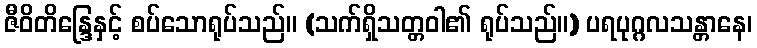
ဇီဝိတိန္ဒြေနှင့် စပ်သောရုပ်သည်။ (သက်ရှိသတ္တဝါ၏ ရုပ်သည်။) ပရပုဂ္ဂလသန္တာနေ၊